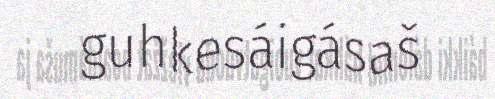
guhkesáigásaš